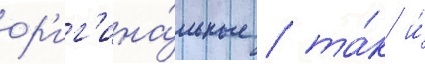
ор'иг'ина́льные / та́к и́